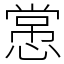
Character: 㦂